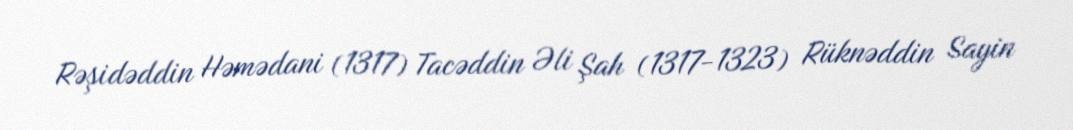
Rəşidəddin Həmədani (1317) Tacəddin Əli Şah (1317-1323) Rüknəddin Sayin